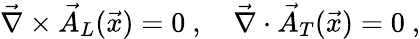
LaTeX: {{\vec{\nabla}}}\times{\vec{A}}_{L}({\vec{x}})=0~,\quad{{\vec{\nabla}}}\cdot{\vec{A}}_{T}({\vec{x}})=0~,